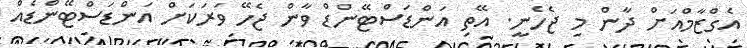
އެގްޒާމްއަށް ދާން މި ޖެހެނީ. އޭތި އަންޑަސްޓޭންޑް ވާން ޖެހޭ ވަރަކަށް އަންޑަސްޓޭންޑެއް